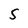
Character: 5